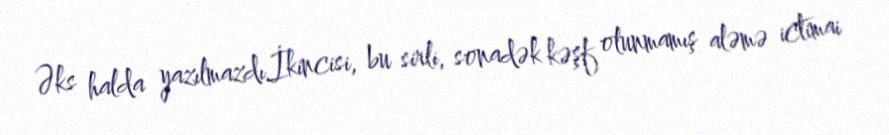
Əks halda yazılmazdı.İkincisi, bu sirli, sonadək kəşf olunmamış aləmə ictimai